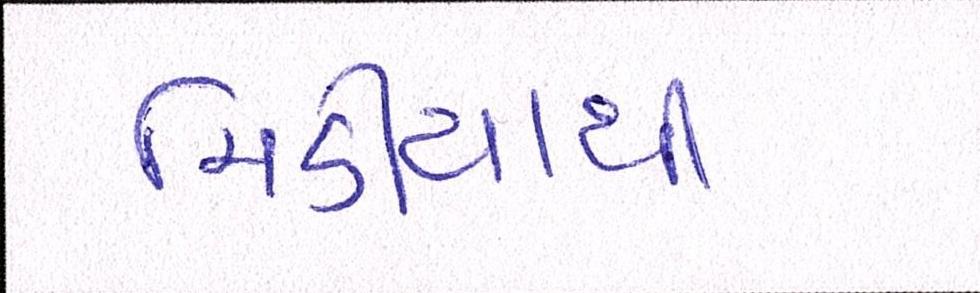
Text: મિડીયાથી